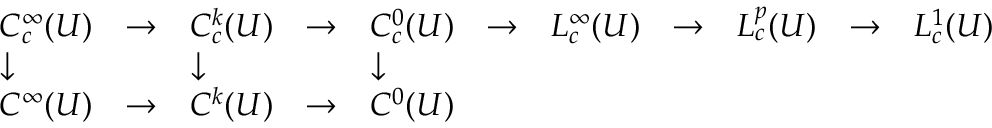
{ \begin{array} { l l l l l l l l l l l } { C _ { c } ^ { \infty } ( U ) } & { \to } & { C _ { c } ^ { k } ( U ) } & { \to } & { C _ { c } ^ { 0 } ( U ) } & { \to } & { L _ { c } ^ { \infty } ( U ) } & { \to } & { L _ { c } ^ { p } ( U ) } & { \to } & { L _ { c } ^ { 1 } ( U ) } \\ { \downarrow } & & { \downarrow } & & { \downarrow } \\ { C ^ { \infty } ( U ) } & { \to } & { C ^ { k } ( U ) } & { \to } & { C ^ { 0 } ( U ) } \\ { } \end{array} }